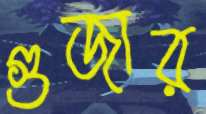
গুজার